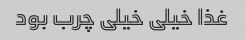
غذا خیلی خیلی چرب بود